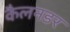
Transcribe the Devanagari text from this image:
कैलनडर